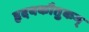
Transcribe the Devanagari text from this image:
हृदयकौतुकम्‌